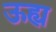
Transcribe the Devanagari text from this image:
ऊह्य